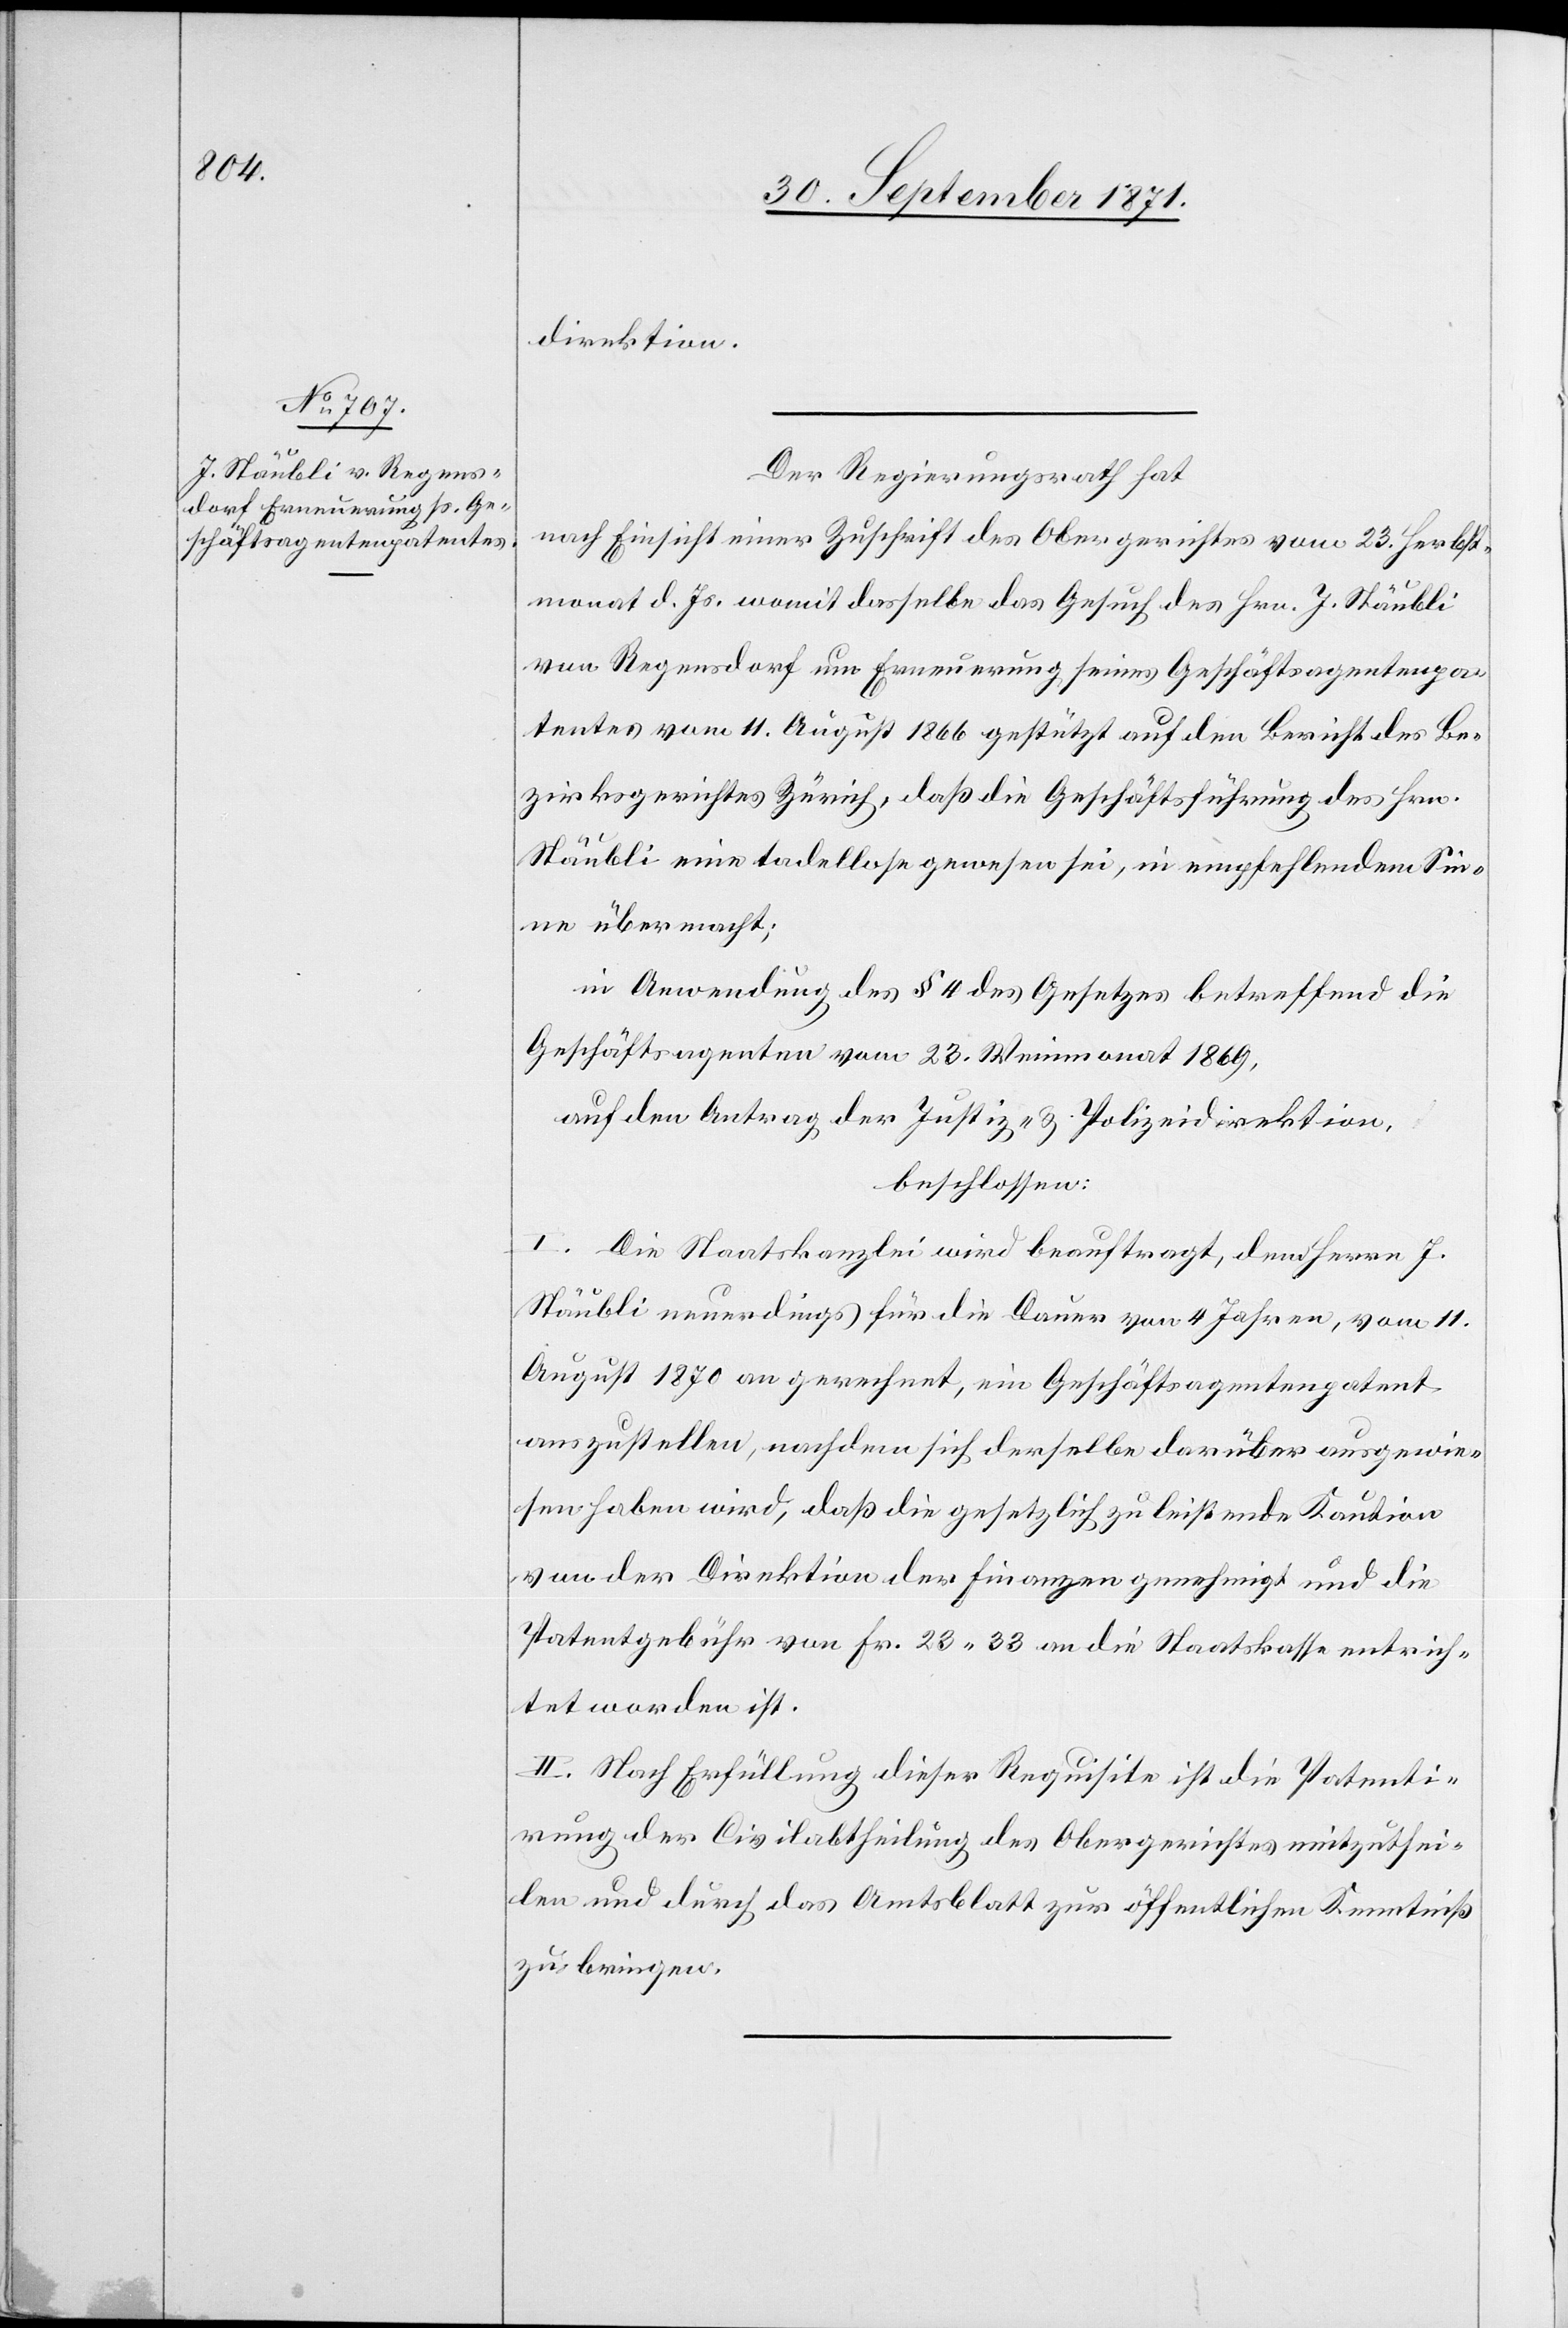
direktion.
Der Regierungsrath hat
nach Einsicht einer Zuschrift des Obergerichtes vom 23. Herbst¬
monat d. Js. womit dasselbe das Gesuch des Hrn. J. Stäubli
von Regensdorf um Erneuerung seines Geschäftsagentenpa¬
tentes vom 11. August 1866 gestützt auf den Bericht des Be¬
zirksgerichtes Zürich, daß die Geschäftsführung des Hrn.
Stäubli eine tadellose gewesen sei, in empfehlenden Sin¬
ne übermacht.
in Anwendung des § 4 des Gesetzes betreffend die
Geschäftsagenten vom 23. Weinmonat 1869,
auf den Antrag der Justiz- & Polizeidirektion,
beschlossen:
I. Die Staatskanzlei wird beauftragt, dem Herrn J.
Stäubli neuerdings für die Dauer von 4 Jahren, vom 11.
August 1870 an gerechnet, ein Geschäftsagentenpatent
auszustellen, nachdem sich derselbe darüber ausgewie¬
sen haben wird, daß die gesetzlich zu leistende Kaution
von der Direktion der Finanzen genehmigt und die
Patentgebühr von Fr. 22.33 an die Staatskasse entrich¬
tet worden ist.
II. Nach Erfüllung dieser Requisite ist die Patenti¬
rung der Civilabtheilung des Obergerichtes mitzuthei¬
len und durch das Amtsblatt zur öffentlichen Kenntniß
zu bringen.